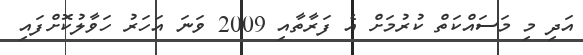
އަދި މި މަސައްކަތް ކުރުމަށް އެ ފަރާތާއި 2009 ވަނަ އަހަރު ހަވާލުކޮށްފައި